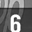
Digit: 6